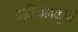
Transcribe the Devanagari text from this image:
अविननकुडी